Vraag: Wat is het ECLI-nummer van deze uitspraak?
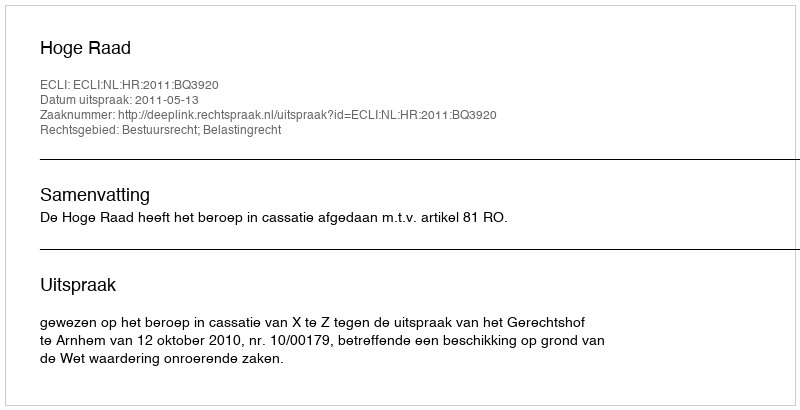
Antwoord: ECLI:NL:HR:2011:BQ3920